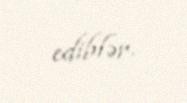
ediblər.